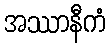
အဿာနီကံ